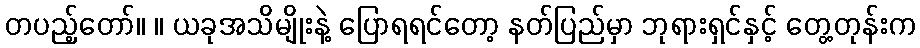
တပည့်တော်။ ။ ယခုအသိမျိုးနဲ့ ပြောရရင်တော့ နတ်ပြည်မှာ ဘုရားရှင်နှင့် တွေ့တုန်းက